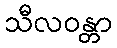
သီလဝန္တာ